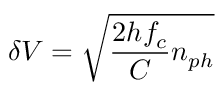
\delta V = \sqrt { \frac { 2 h f _ { c } } { C } n _ { p h } }